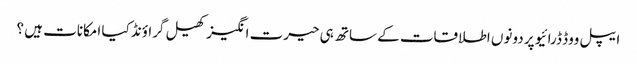
ایپل ووڈ ڈرائیو پر دونوں اطلاقات کے ساتھ ہی حیرت انگیز کھیل گراؤنڈ کیا امکانات ہیں ؟